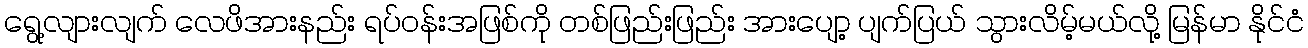
ရွေ့လျားလျက် လေဖိအားနည်း ရပ်၀န်းအဖြစ်ကို တစ်ဖြည်းဖြည်း အားပျော့ ပျက်ပြယ် သွားလိမ့်မယ်လို့ မြန်မာ နိုင်ငံ